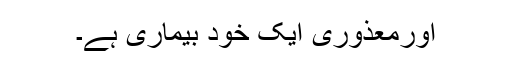
اورمعذوری ایک خود بیماری ہے۔